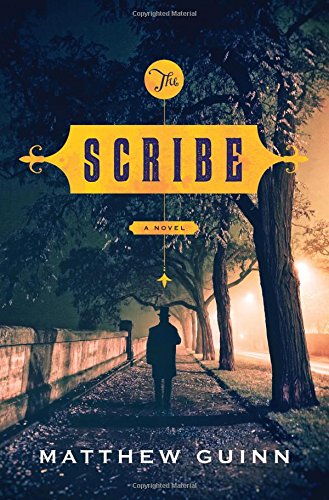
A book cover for The Scribe: A Novel; Matthew Guinn; Mystery, Thriller & Suspense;